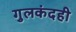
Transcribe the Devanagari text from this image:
गुलकंदही